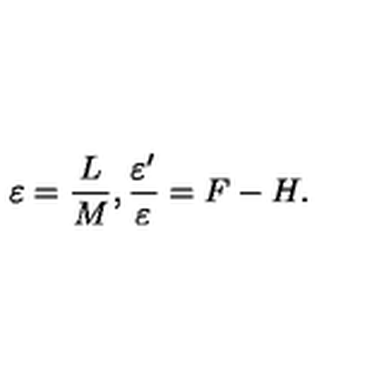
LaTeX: \varepsilon = \frac { L } { M } , \frac { \varepsilon ^ { \prime } } { \varepsilon } = F - H .